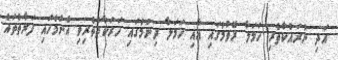
އަދިި ނުރައްކާތެރި ހަމަލާ ރޭވުމުގައި އާއި ހަމަލާ ދިނުމުގައި ހަރަކާތްތެރިވި އެންމެހައި ފަރާތްތައް